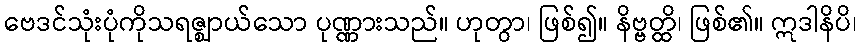
ဗေဒင်သုံးပုံကိုသရဇ္ဈာယ်သော ပုဏ္ဏားသည်။ ဟုတွာ၊ ဖြစ်၍။ နိဗ္ဗတ္ထိ၊ ဖြစ်၏။ ဣဒါနိပိ၊